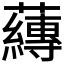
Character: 𮓁